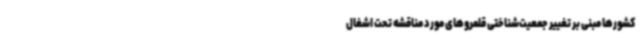
کشورها مبنی بر تغییر جمعیت‌شناختی قلمروهای مورد مناقشه تحت اشغال